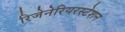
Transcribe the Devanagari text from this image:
रिजेनेरियरस्टेशन